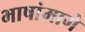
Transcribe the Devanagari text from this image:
भाषांमागे